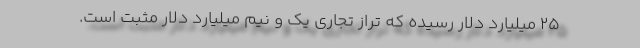
۲۵ میلیارد دلار رسیده که تراز تجاری یک و نیم میلیارد دلار مثبت است.